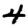
Digit: 4